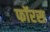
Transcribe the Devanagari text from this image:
फॉरस